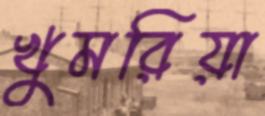
খুমরিয়া